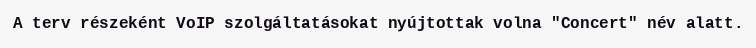
A terv részeként VoIP szolgáltatásokat nyújtottak volna "Concert" név alatt.